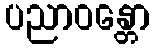
ပညာဝန္တော